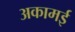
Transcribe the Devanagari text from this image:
अकामई